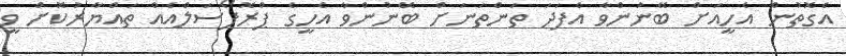
އެގޮތުން އެހީއަށް ބޭނުންވާ އެފަދަ ތަންތަނަށް ބޭނުންވާ އެހީގެ ޕްރޮޕޯސަލްއެއް ތައްޔާރުކޮށް ވީ